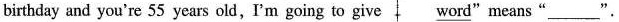
birthday and you're 55 years old,I'm going to give \underline{word}"means"___".